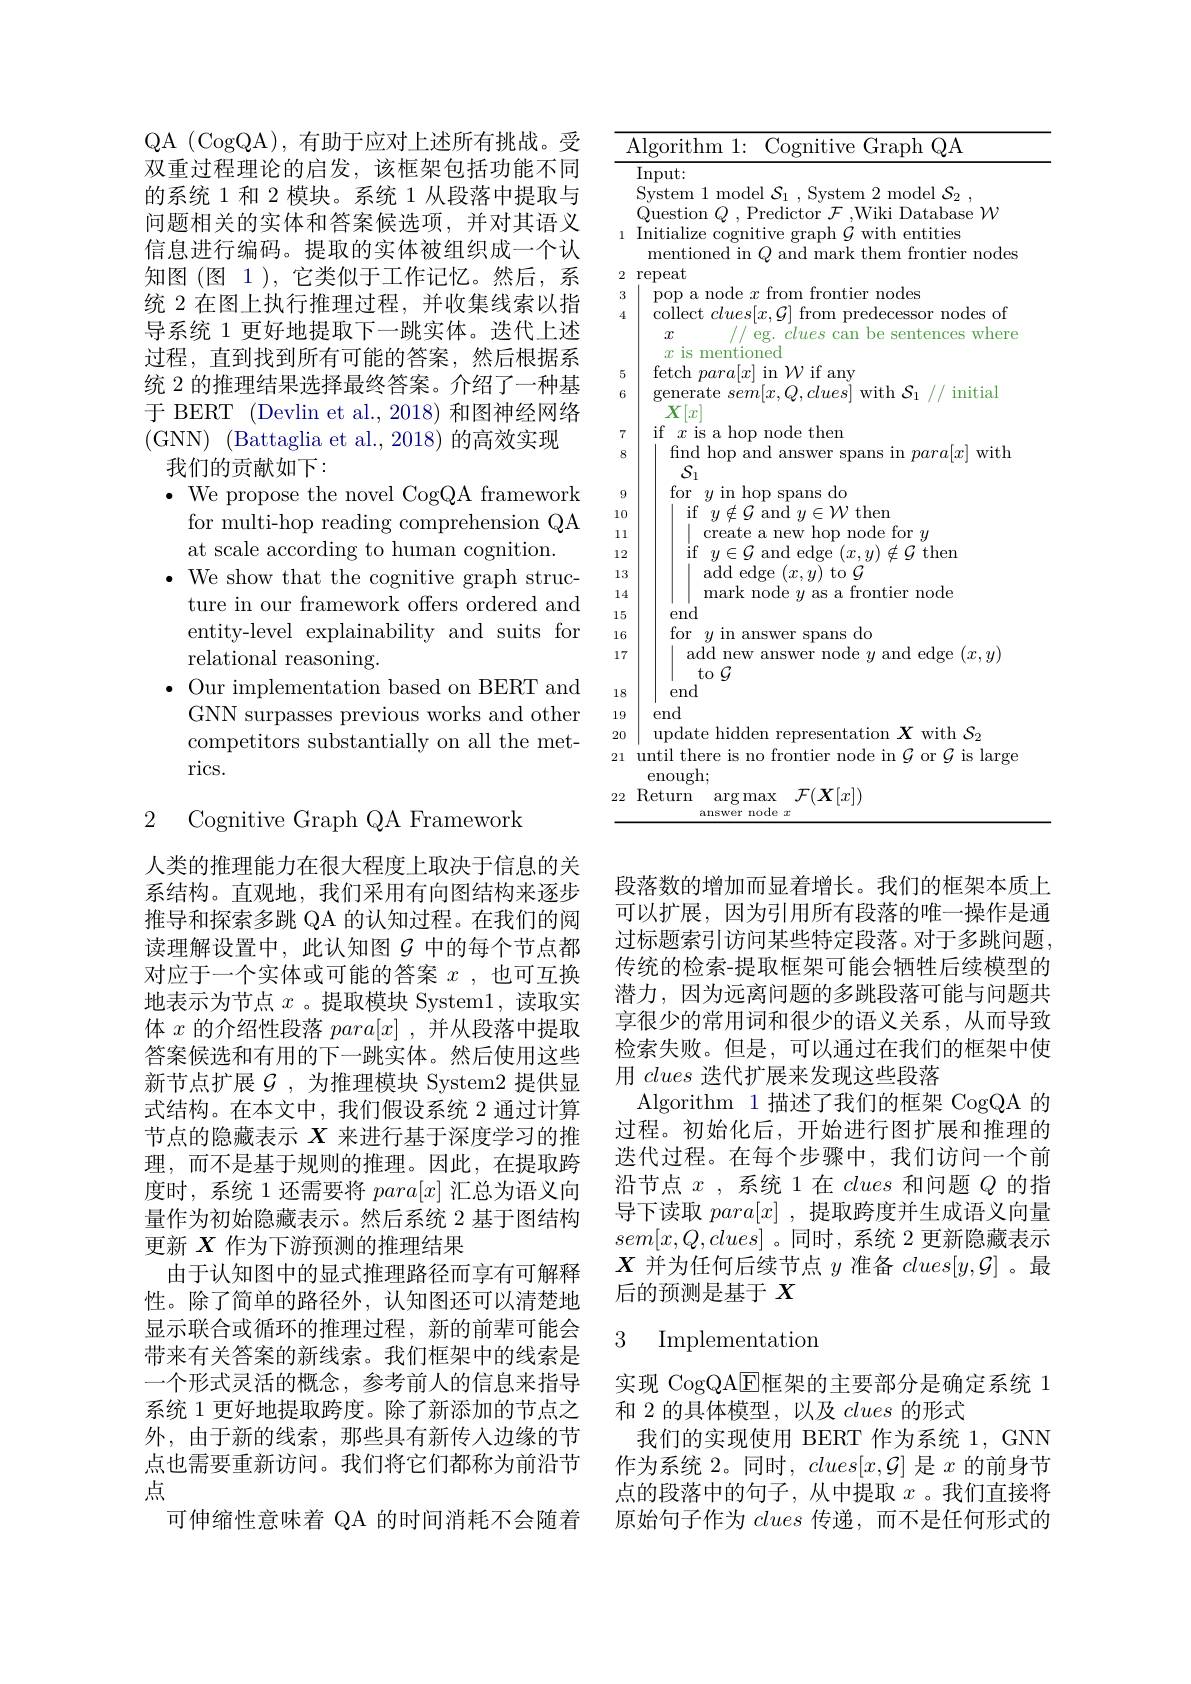
QA (CogQA),有助于应对上述所有挑战。受双重过程理论的启发，该框架包括功能不同的系统 1 和 2 模块。系统 1 从段落中提取与问题相关的实体和答案候选项，并对其语义信息进行编码。提取的实体被组织成一个认知图(图 1),它类似于工作记忆。然后，系统 2 在图上执行推理过程，并收集线索以指导系统 1 更好地提取下一跳实体。迭代上述过程，直到找到所有可能的答案，然后根据系统 2 的推理结果选择最终答案。介绍了一种基于 BERT (Devlin et al., 2018) 和图神经网络
我们的贡献如下：
$\bullet$ We propose the novel CogQA framework
for multi-hop reading comprehension QA
at scale according to human cognition.
$\bullet$ We show that the cognitive graph struc-
ture in our framework offers ordered and entity-level explainability and suits for relational reasoning.
$\bullet$ Our implementation based on BERT and
GNN surpasses previous works and other competitors substantially on all the metrics.

2 Cognitive Graph QA Framework

人类的推理能力在很大程度上取决于信息的关系结构。直观地，我们采用有向图结构来逐步推导和探索多跳 QA 的认知过程。在我们的阅读理解设置中，此认知图$\mathcal{G}$中的每个节点都对应于一个实体或可能的答案$x$ ,也可互换地表示为节点$x$ 。提取模块 System1,读取实体$x$的介绍性段落$para[x]$ ,并从段落中提取答案候选和有用的下一跳实体。然后使用这些新节点扩展$\mathcal{G}$,为推理模块 System2 提供显式结构。在本文中，我们假设系统 2 通过计算节点的隐藏表示$X$来进行基于深度学习的推理，而不是基于规则的推理。因此，在提取跨度时，系统 1 还需要将$para[x]$汇总为语义向量作为初始隐藏表示。然后系统 2 基于图结构更新$X$作为下游预测的推理结果
由于认知图中的显式推理路径而享有可解释性。除了简单的路径外，认知图还可以清楚地显示联合或循环的推理过程，新的前辈可能会带来有关答案的新线索。我们框架中的线索是一个形式灵活的概念，参考前人的信息来指导系统 1 更好地提取跨度。除了新添加的节点之外，由于新的线索，那些具有新传入边缘的节点也需要重新访问。我们将它们都称为前沿节点
可伸缩性意味着 QA 的时间消耗不会随着

<table>
	<tbody>
		<tr>
			<td>$\bot$</td>
			<td>Algorithm 1: Cognitive Graph QA</td>
		</tr>
		<tr>
			<td> </td>
			<td>Input: </td>
		</tr>
		<tr>
			<td> </td>
			<td>model</td>
		</tr>
		<tr>
			<td> </td>
			<td>Question $Q$,Predictor $\mathcal{F}$,Wiki Database $\mathcal{W}$</td>
		</tr>
		<tr>
			<td>1</td>
			<td>mentioned in $Q$ and mark them frontier node</td>
		</tr>
		<tr>
			<td>2</td>
			<td>repeat</td>
		</tr>
		<tr>
			<td>3 4</td>
			<td>pop a node $x$ mom $\partial des$ collect $clues[x,\mathcal{G}]$ from predecessor nodes of</td>
		</tr>
		<tr>
			<td>5</td>
			<td>$x$ eg. clues can be sentences where $x$ is mentioned $i_{\mathbf{Y}}$</td>
		</tr>
		<tr>
			<td>5 6</td>
			<td>$\left\lfloor{\boldsymbol{u}}\right\rfloor$ $\mathop{\text{generate }sem}[x,Q,clues]\mathop{\mathrm{with~}}\mathcal{S}_{1}$ ${}_{1}//{}$ initial $X[r]$</td>
		</tr>
		<tr>
			<td>7</td>
			<td>$x$ is a hop node then</td>
		</tr>
		<tr>
			<td>7 8</td>
			<td>s a nop node tnen find hop and answer spans in $para[x]$ with</td>
		</tr>
		<tr>
			<td>$\lfloor1$ 2 [3</td>
			<td>create a new hop node tor $y$ ${\mathrm{if}}$ $y\in\mathcal{G}$ and edge $(x,y)\notin\mathcal{G}$ then add edge $(x,y)$ to $\mathcal{G}$ $r$</td>
		</tr>
		<tr>
			<td>.2 [3 $\lfloor4$</td>
			<td>add edge $(x,y)$ to $\mathcal{G}$ mark node $u$ as a frontier node</td>
		</tr>
		<tr>
			<td>b $r$</td>
			<td> </td>
		</tr>
		<tr>
			<td>7</td>
			<td>add new answer node $y$ and edge $(x,y)$</td>
		</tr>
		<tr>
			<td>8</td>
			<td>end</td>
		</tr>
		<tr>
			<td>9</td>
			<td>end</td>
		</tr>
		<tr>
			<td>0</td>
			<td>tion hiddem $X$ $\mathbf{with}$</td>
		</tr>
		<tr>
			<td>1</td>
			<td>until there is no frontier node in $\mathcal{G}$ or $\mathcal{G}$ is large enough</td>
		</tr>
		<tr>
			<td>2</td>
			<td>Return $\arg\max$ $\mathcal{F}(\boldsymbol{X}|x])$</td>
		</tr>
	</tbody>
</table>

段落数的增加而显着增长。我们的框架本质上可以扩展，因为引用所有段落的唯一操作是通过标题索引访问某些特定段落。对于多跳问题， 传统的检索-提取框架可能会牺牲后续模型的潜力，因为远离问题的多跳段落可能与问题共享很少的常用词和很少的语义关系，从而导致检索失败。但是，可以通过在我们的框架中使用clues迭代扩展来发现这些段落
Algorithm 1 描述了我们的框架 CogQA 的过程。初始化后，开始进行图扩展和推理的选代过程。在每个步骤中，我们访问一个前沿节点$x$ ,系统 1在clues和问题$Q$的指导下读取$para[x]$ ,提取跨度并生成语义向量$sem[x,Q,clues]$。同时，系统 2 更新隐藏表示$X$并为任何后续节点$y$准备$clues[y,\mathcal{G}]$ 。最后的预测是基于$X$

## 3 Implementatiom

实现 CogQA$\overline{\mathrm{E}}$框架的主要部分是确定系统 1
和 2 的具体模型，以及clues的形式
我们的实现使用 BERT 作为系统 1, GNN 作为系统 2。同时，$clues[x,\mathcal{G}]$是$x$的前身节点的段落中的句子，从中提取$x$ 。我们直接将原始句子作为clues传递，而不是任何形式的